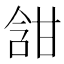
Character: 𭉀